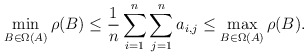
\begin{align*} \min_{B\in\Omega(A)}\rho(B)\leq\frac{1}{n} \sum_{i=1}^n \sum_{j=1}^n a_{i,j}\leq \max_{B\in\Omega(A)}\rho(B).\end{align*}